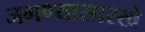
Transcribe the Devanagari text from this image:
जगण्यासारखे